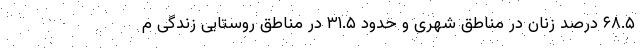
۶۸.۵ درصد زنان در مناطق شهری و حدود ۳۱.۵ در مناطق روستایی زندگی م